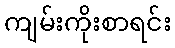
ကျမ်းကိုးစာရင်း